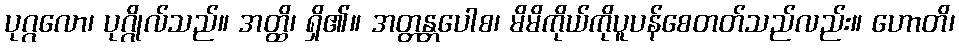
ပုဂ္ဂလော၊ ပုဂ္ဂိုလ်သည်။ အတ္ထိ၊ ရှိ၏။ အတ္တန္တပေါစ၊ မိမိကိုယ်ကိုပူပန်စေတတ်သည်လည်း။ ဟောတိ၊